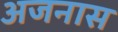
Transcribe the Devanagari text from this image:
अजनास